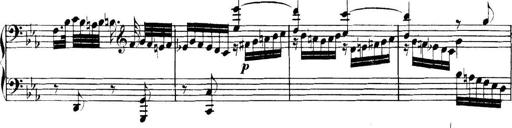
Title: Collected Piano Sonatas
Composer: Muzio Clementi